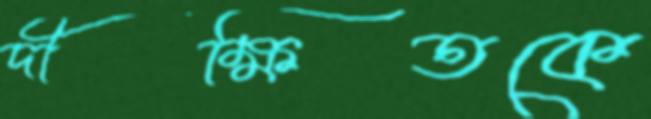
দীক্ষিতকে